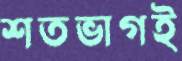
শতভাগই